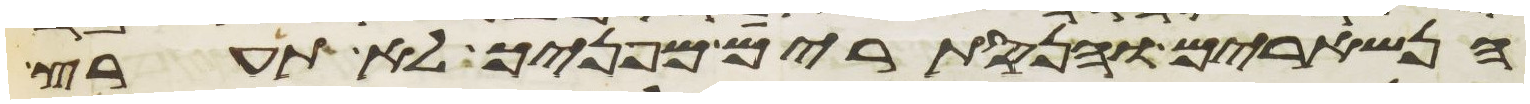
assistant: הנשארים והנסתרים מפניך לא תערץ